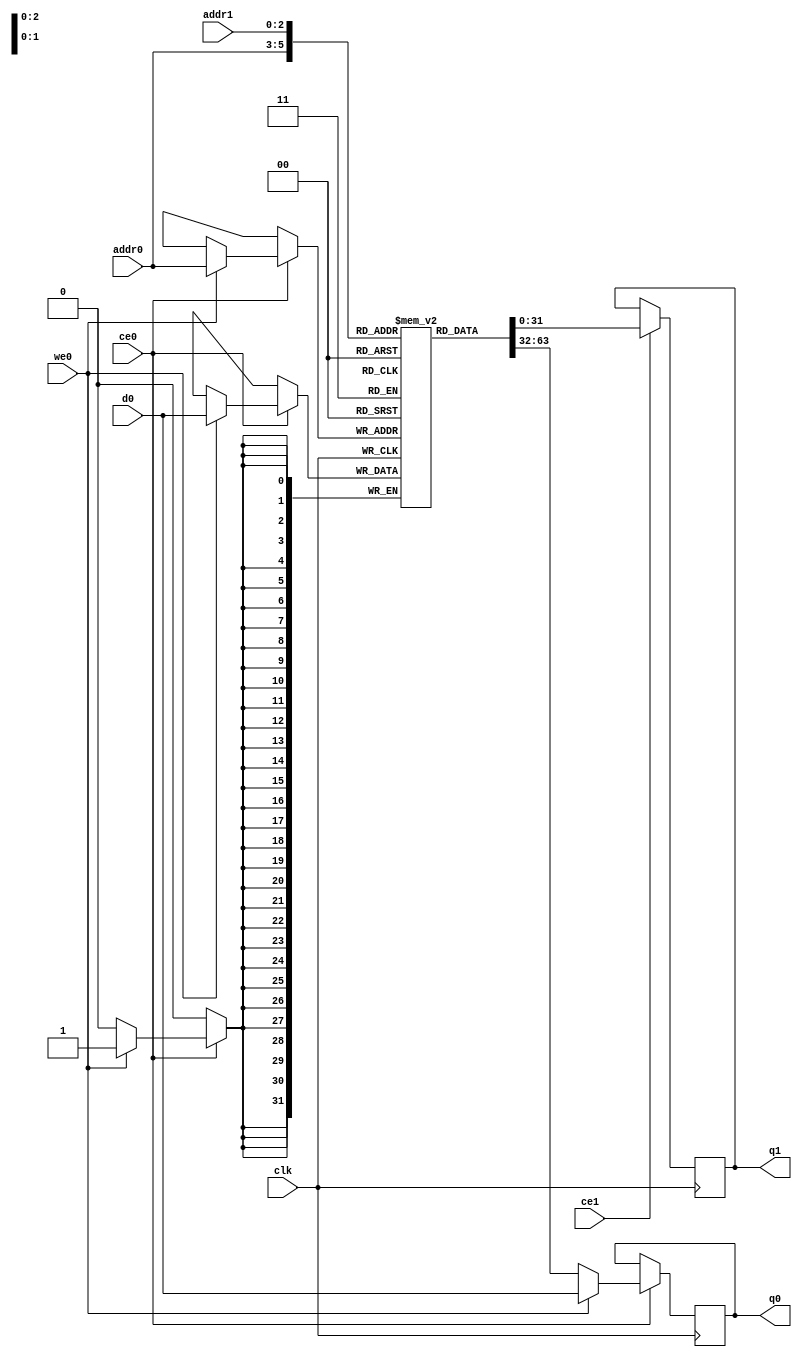
// ==============================================================
// File generated by Vivado(TM) HLS - High-Level Synthesis from C, C++ and SystemC
// Version: 2015.4
// Copyright (C) 2015 Xilinx Inc. All rights reserved.
// 
// ==============================================================

`timescale 1 ns / 1 ps
module decode_start_IDCTBuff_0_ram (addr0, ce0, d0, we0, q0, addr1, ce1, q1,  clk);

parameter DWIDTH = 32;
parameter AWIDTH = 3;
parameter MEM_SIZE = 6;

input[AWIDTH-1:0] addr0;
input ce0;
input[DWIDTH-1:0] d0;
input we0;
output reg[DWIDTH-1:0] q0;
input[AWIDTH-1:0] addr1;
input ce1;
output reg[DWIDTH-1:0] q1;
input clk;

(* ram_style = "distributed" *)reg [DWIDTH-1:0] ram[MEM_SIZE-1:0];




always @(posedge clk)  
begin 
    if (ce0) 
    begin
        if (we0) 
        begin 
            ram[addr0] <= d0; 
            q0 <= d0;
        end 
        else 
            q0 <= ram[addr0];
    end
end


always @(posedge clk)  
begin 
    if (ce1) 
    begin
            q1 <= ram[addr1];
    end
end


endmodule


`timescale 1 ns / 1 ps
module decode_start_IDCTBuff_0(
    reset,
    clk,
    address0,
    ce0,
    we0,
    d0,
    q0,
    address1,
    ce1,
    q1);

parameter DataWidth = 32'd32;
parameter AddressRange = 32'd6;
parameter AddressWidth = 32'd3;
input reset;
input clk;
input[AddressWidth - 1:0] address0;
input ce0;
input we0;
input[DataWidth - 1:0] d0;
output[DataWidth - 1:0] q0;
input[AddressWidth - 1:0] address1;
input ce1;
output[DataWidth - 1:0] q1;



decode_start_IDCTBuff_0_ram decode_start_IDCTBuff_0_ram_U(
    .clk( clk ),
    .addr0( address0 ),
    .ce0( ce0 ),
    .d0( d0 ),
    .we0( we0 ),
    .q0( q0 ),
    .addr1( address1 ),
    .ce1( ce1 ),
    .q1( q1 ));

endmodule